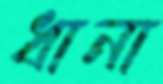
ধানা